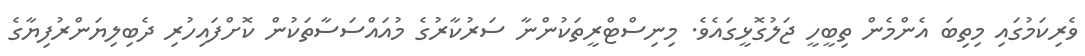
ވެރިކަމުގައި މިތިބަ އެންމެން ތިބީހީ ޖަލުގޮޅީގައެވެ. މިނިސްޓްރީތަކުންނާ ސަރުކާރުގެ މުއައްސަސާތަކުން ކޮށްފައިހުރި ދެބިލިޔަންރުފިޔާގެ